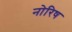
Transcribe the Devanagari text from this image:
नोरिष